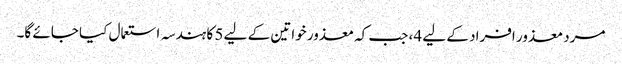
مرد معذور افراد کے لیے 4، جب کہ معذور خواتین کے لیے 5 کا ہندسہ استعمال کیا جائے گا۔